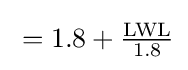
{\textstyle {}=1.8+{{\text{LWL}} \over 1.8}}